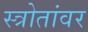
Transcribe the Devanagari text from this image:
स्त्रोतांवर